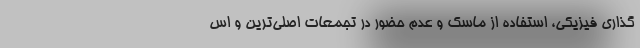
گذاری فیزیکی، استفاده از ماسک و عدم حضور در تجمعات اصلی‌ترین و اس